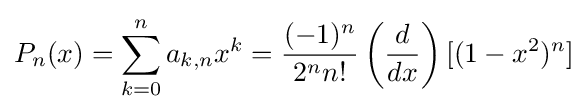
P_{n}(x)=\sum _{k=0}^{n}a_{k,n}x^{k}={\frac {(-1)^{n}}{2^{n}n!}}\left({\frac {d}{dx}}\right)[(1-x^{2})^{n}]